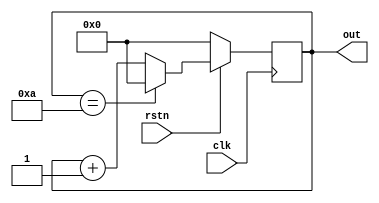
module mod10_counter (
    input clk,
    input rstn,
    output reg[3:0] out);

    always @(posedge clk) begin
        if (!rstn) begin
            out <= 0;
        end else begin
            if (out == 10)
                out <= 0;    
            else
                out <= out + 1;
        end           
    end    
endmodule

module test;
    reg rstn, clk;
    wire [3:0] out;
   
    mod10_counter count (.clk(clk), .rstn(rstn), .out(out));

    always #2 clk = ~clk;

    initial begin
        $monitor ("rstn=%0b, clk=%0b, o=%b", rstn, clk, out);
        $dumpfile("counter.vcd");
        $dumpvars(0, test);

        {clk, rstn} = 0;

        #2 rstn <= 1;

        #100 $finish;
    end
    
endmodule